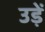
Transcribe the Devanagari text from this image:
उड़ें